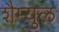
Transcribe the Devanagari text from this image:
शैम्युल